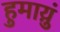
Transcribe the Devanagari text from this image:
हुमाय़ुं